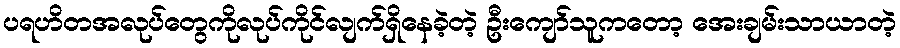
ပရဟိတအလုပ်တွေကိုလုပ်ကိုင်လျက်ရှိနေခဲ့တဲ့ ဦးကျော်သူကတော့ အေးချမ်းသာယာတဲ့